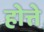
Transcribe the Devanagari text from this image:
होत्ते